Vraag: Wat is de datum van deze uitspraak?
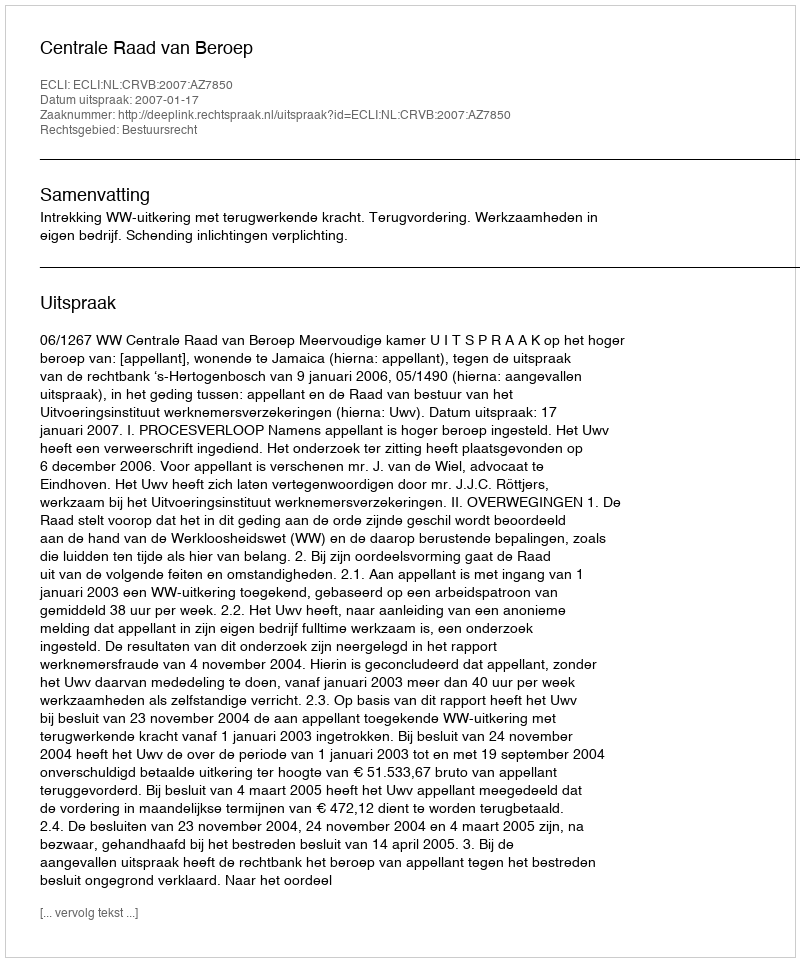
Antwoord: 2007-01-17